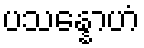
ပသန္နောဟံ